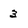
Character: 3